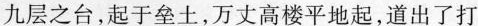
九层之台，起于垒土，万丈高楼平地起，道出了打